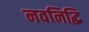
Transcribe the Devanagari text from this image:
नवनिद्धि